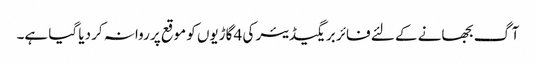
آگ بجھانے کے لئے فائر بریگیڈیئر کی 4 گاڑیوں کو موقع پر روانہ کر دیا گیا ہے۔